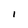
Character: 1